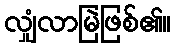
လျှံလာမြဲဖြစ်၏။